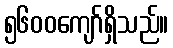
၅၆၀၀ကျော်ရှိသည်။